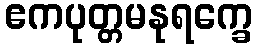
ဧကပုတ္တမနုရက္ခေ